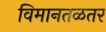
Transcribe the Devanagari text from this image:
विमानतळतर